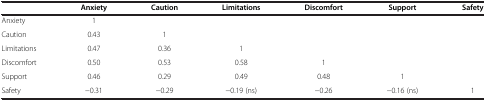
<table><thead><tr><td><b> </b></td><td><b>Anxiety</b></td><td><b>Caution</b></td><td><b>Limitations</b></td><td><b>Discomfort</b></td><td><b>Support</b></td><td><b>Safety</b></td></tr></thead><tbody><tr><td>Anxiety</td><td>1</td><td> </td><td> </td><td> </td><td> </td><td> </td></tr><tr><td>Caution</td><td>0.43</td><td>1</td><td> </td><td> </td><td> </td><td> </td></tr><tr><td>Limitations</td><td>0.47</td><td>0.36</td><td>1</td><td> </td><td> </td><td> </td></tr><tr><td>Discomfort</td><td>0.50</td><td>0.53</td><td>0.58</td><td>1</td><td> </td><td> </td></tr><tr><td>Support</td><td>0.46</td><td>0.29</td><td>0.49</td><td>0.48</td><td>1</td><td> </td></tr><tr><td>Safety</td><td>−0.31</td><td>−0.29</td><td>−0.19 (ns)</td><td>−0.26</td><td>−0.16 (ns)</td><td>1</td></tr></tbody></table>